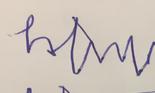
Signature authenticity: forged